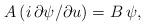
LaTeX: \begin{align*}A\,(i\,\partial\psi/\partial u)=B\,\psi, \end{align*}